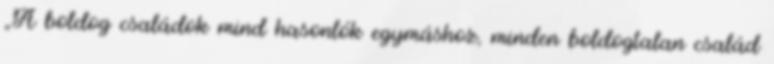
„A boldog családok mind hasonlók egymáshoz, minden boldogtalan család